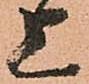
上